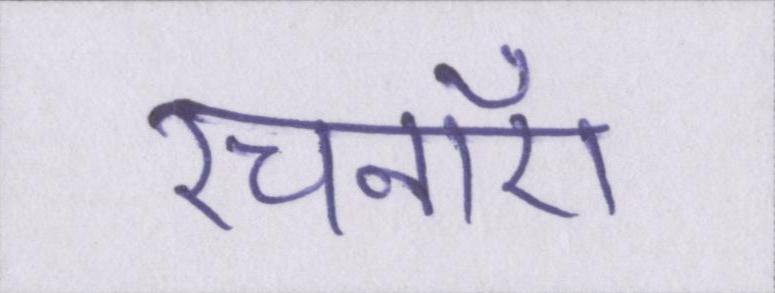
रचनाएँ